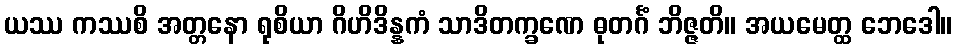
ယဿ ကဿစိ အတ္တနော ရုစိယာ ဂိဟိဒိန္နကံ သာဒိတက္ခဏေ ဓုတင်္ဂံ ဘိဇ္ဇတိ။ အယမေတ္ထ ဘေဒေါ။